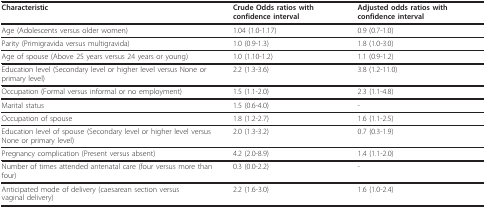
| Characteristic | Crude Odds ratios with confidence interval | Adjusted odds ratios with confidence interval |
 | --- | --- | --- |
 | Age (Adolescents versus older women) | 1.04 (1.0-1.17) | 0.9 (0.7-1.0) |
 | Parity (Primigravida versus multigravida) | 1.0 (0.9-1.3) | 1.8 (1.0-3.0) |
 | Age of spouse (Above 25 years versus 24 years or young) | 1.0 (1.10-1.2) | 1.1 (0.9-1.2) |
 | Education level (Secondary level or higher level versus None or primary level) | 2.2 (1.3-3.6) | 3.8 (1.2-11.0) |
 | Occupation (Formal versus informal or no employment) | 1.5 (1.1-2.0) | 2.3 (1.1-4.8) |
 | Marital status | 1.5 (0.6-4.0) | - |
 | Occupation of spouse | 1.8 (1.2-2.7) | 1.6 (1.1-2.5) |
 | Education level of spouse (Secondary level or higher level versus None or primary level) | 2.0 (1.3-3.2) | 0.7 (0.3-1.9) |
 | Pregnancy complication (Present versus absent) | 4.2 (2.0-8.9) | 1.4 (1.1-2.0) |
 | Number of times attended antenatal care (four versus more than four) | 0.3 (0.0-2.2) | - |
 | Anticipated mode of delivery (caesarean section versus vaginal delivery) | 2.2 (1.6-3.0) | 1.6 (1.0-2.4) |